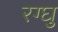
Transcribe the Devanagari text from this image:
रग्घु